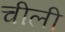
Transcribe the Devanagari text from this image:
चीली